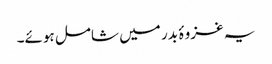
یہ غزوۂ بدر میں شامل ہوئے۔